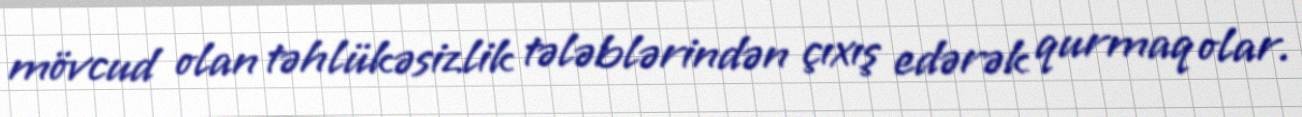
mövcud olan təhlükəsizlik tələblərindən çıxış edərək qurmaq olar.